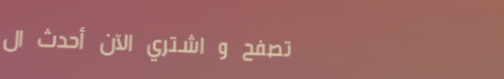
تصفح و اشتري الآن أحدث ال